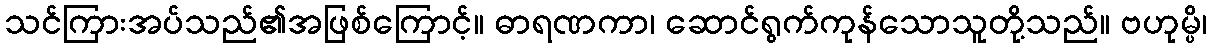
သင်ကြားအပ်သည်၏အဖြစ်ကြောင့်။ ဓာရဏကာ၊ ဆောင်ရွက်ကုန်သောသူတို့သည်။ ဗဟုမ္ပိ၊